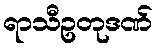
ရာသီဥတုဒဏ်